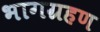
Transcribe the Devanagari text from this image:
भागग्रहण